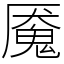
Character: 魇